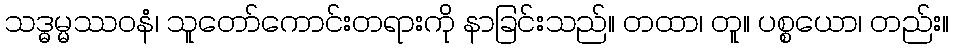
သဒ္ဓမ္မဿဝနံ၊ သူတော်ကောင်းတရားကို နာခြင်းသည်။ တထာ၊ တူ။ ပစ္စယော၊ တည်း။